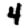
Digit: 4